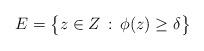
LaTeX: \begin{align*}E = \big\{ z \in Z \, : \, \phi(z) \geq \delta \big\}\end{align*}